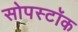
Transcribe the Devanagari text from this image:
सोपस्टॉक